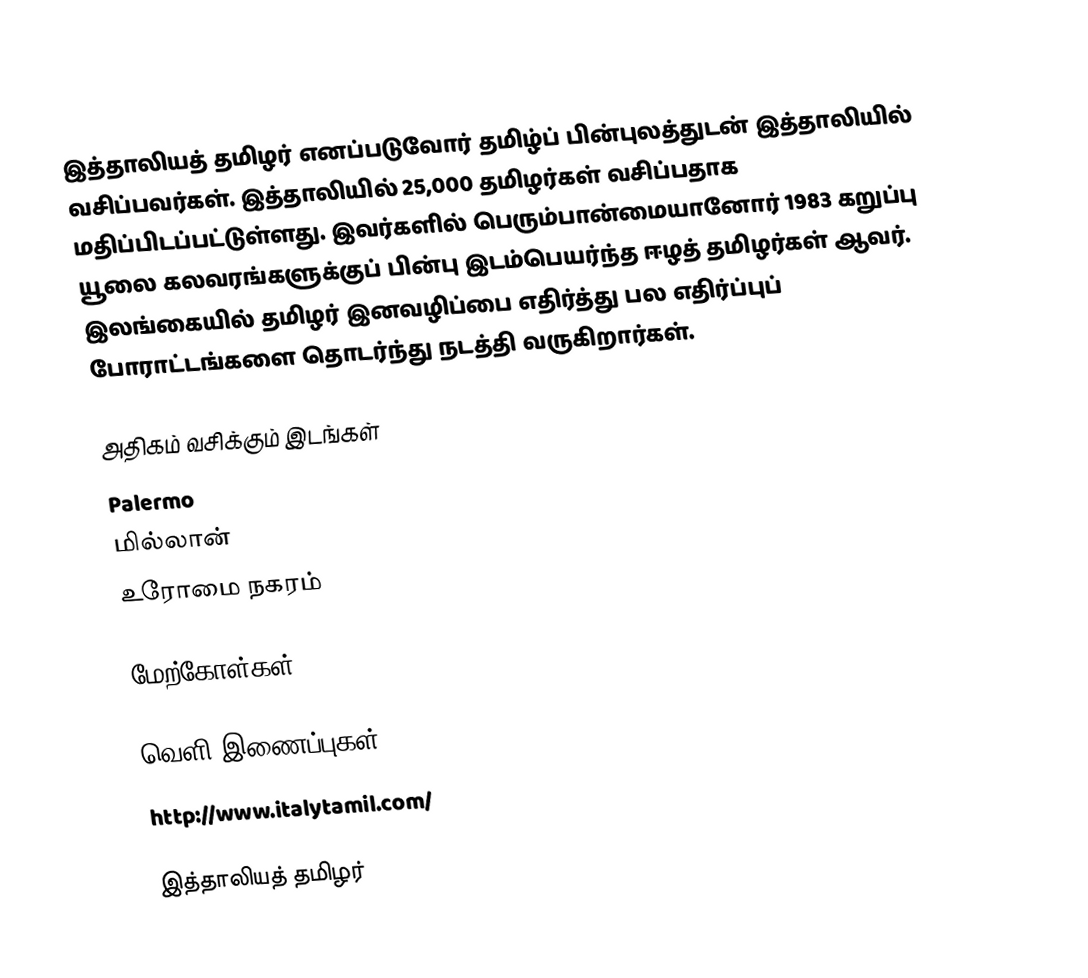
இத்தாலியத் தமிழர் எனப்படுவோர் தமிழ்ப் பின்புலத்துடன் இத்தாலியில் வசிப்பவர்கள். இத்தாலியில் 25,000 தமிழர்கள் வசிப்பதாக மதிப்பிடப்பட்டுள்ளது. இவர்களில் பெரும்பான்மையானோர் 1983 கறுப்பு யூலை கலவரங்களுக்குப் பின்பு இடம்பெயர்ந்த ஈழத் தமிழர்கள் ஆவர். இலங்கையில் தமிழர் இனவழிப்பை எதிர்த்து பல எதிர்ப்புப் போராட்டங்களை தொடர்ந்து நடத்தி வருகிறார்கள்.

அதிகம் வசிக்கும் இடங்கள்
 Palermo
 மில்லான்
 உரோமை நகரம்

மேற்கோள்கள்

வெளி இணைப்புகள்
 http://www.italytamil.com/

இத்தாலியத் தமிழர்